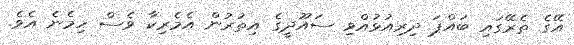
އޭގެ ތެރޭގައި ބައްޕަ ދިރިއުޅުއްވި ސައޫދީގެ އިތުރުން އެމެރިކާ ވެސް ހިމެނެ އެވެ.